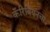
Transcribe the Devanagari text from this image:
कॅरिबियनचा